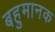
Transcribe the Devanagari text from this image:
बहुमानक